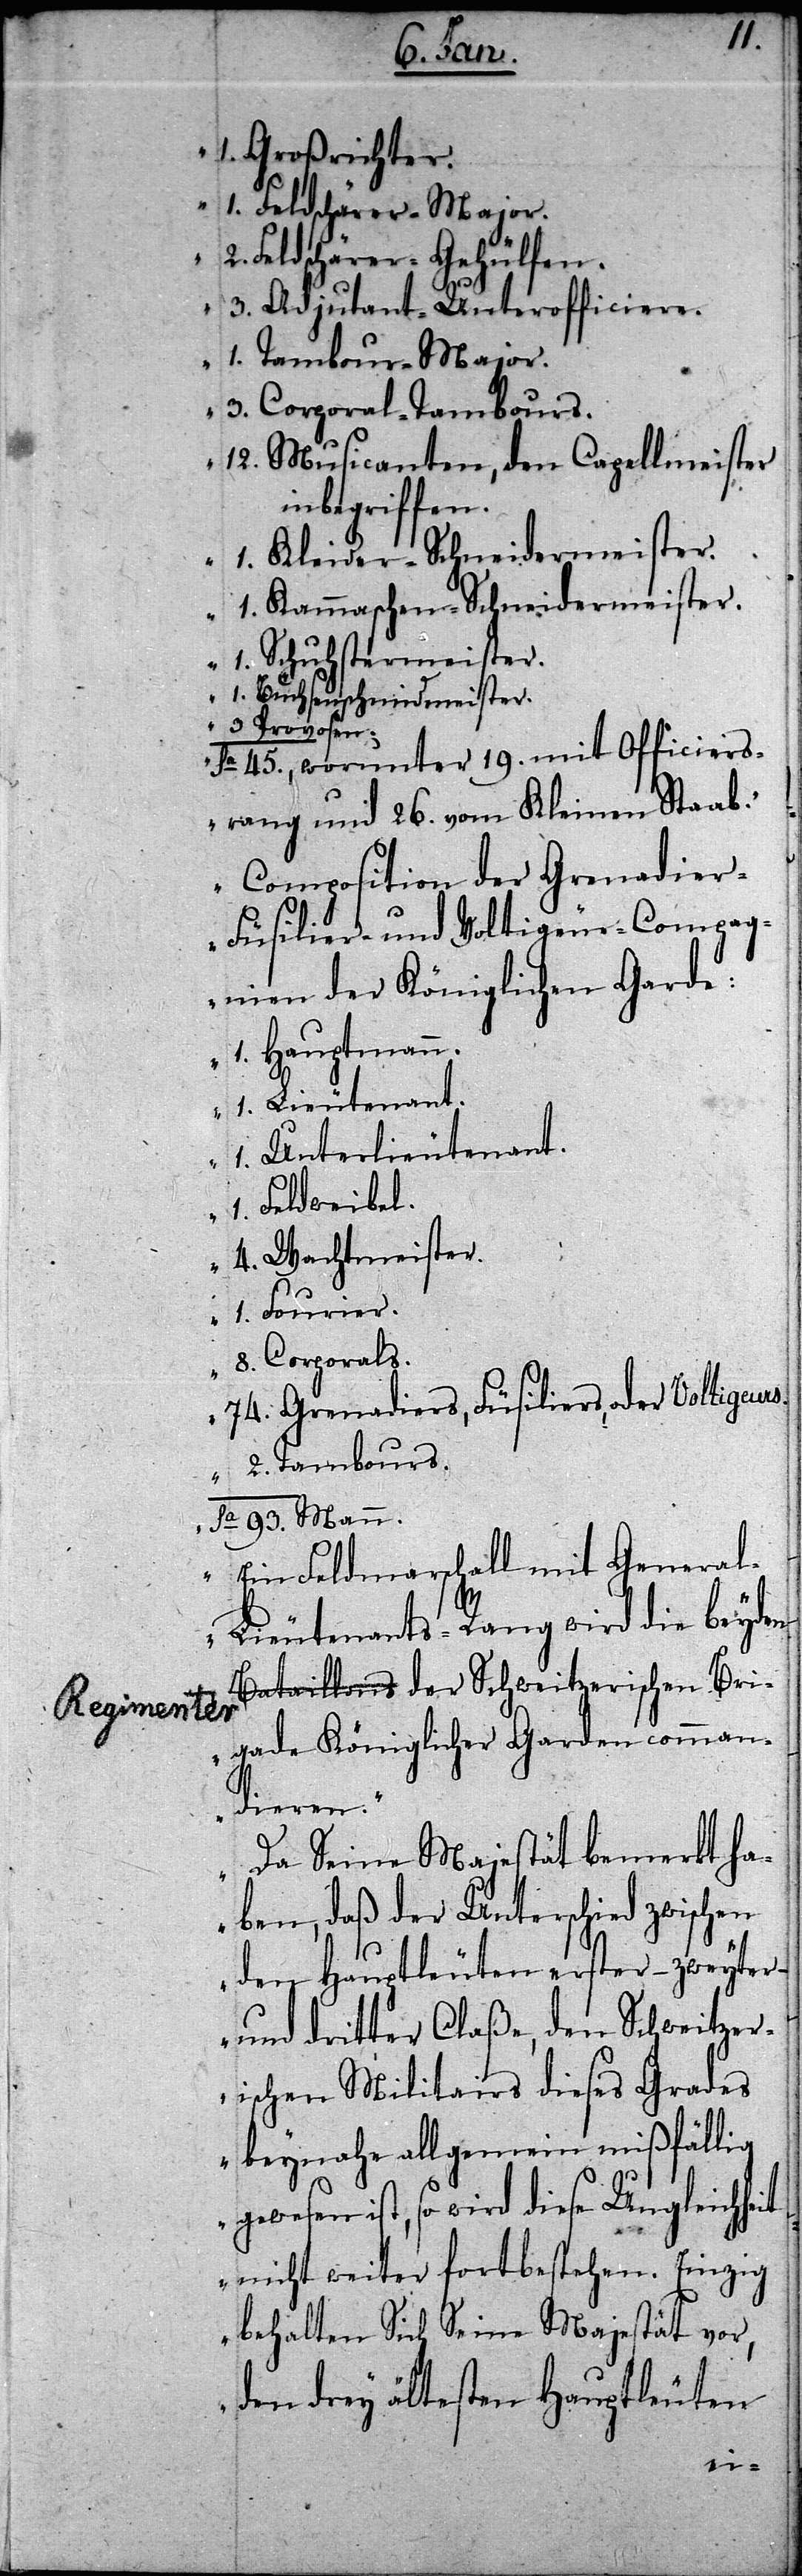
1. Großrichter.
1. Feldschärer-Major.
2. Feldschärer-Gehülfen.
3. Adjutant-Unterofficiere.
1. Tambour-Major.
3. Corporal-Tambours.
12. Musicanten, den Capellmeister
inbegriffen.
1. Kleider-Schneidermeister.
1. Kammaschen-Schneidermeister.
1. Schuhstermeister.
1. Buchsenschmidmeister.
3. Provosen.
Sa 45., worunter 19. mit Officiers¬
rang und 26. vom Kleinen Staab.“
„Composition der Grenadie¬
r-Füsilier- und Voltigeur-Compag¬
nien der Königlichen Garde:
1. Hauptmann.
1. Lieutenant.
1. Unterlieutenant.
1. Feldweibel.
4. Wachtmeister.
1. Fourier.
8. Corporals.
74. Grenadiers, Füsiliers, oder Voltigeurs.
2. Tambours.
Sa 93. Mann.
Ein Feldmarschall mit Genera¬
l-Lieutenants-Rang wird die beyden
Regimenter-a der Schweitzerischen Bri¬
gade Königlicher Garden comman¬
dieren.“
„Da Seine Majestät bemerkt ha¬
ben, daß der Unterschied zwischen
den Hauptleuten erster – zweyter –
und dritter Claße, den Schweitzer¬
ischen Militairs dieses Grades
beynahe allgemein mißfällig
ewesen ist, so wird diese Ungleichh¬
nicht weiter fortbestehen. Einzig
behalten Sich Seine Majestät vor,
den drey ältesten Hauptleuten
eit